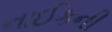
નાઈકની